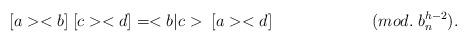
LaTeX: \begin{align*}[a><b] \; [c><d] = <b|c> \; [a><d]\hspace{1in}(mod. \; b^{h-2}_n){}.\end{align*}